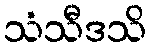
သံသီဒသိ